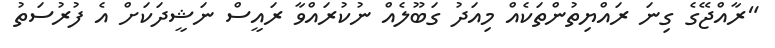
"ރާއްޖޭގެ ގިނަ ރައްޔިތުންތަކެއް މިއަދު ގަބޫލެއް ނުކުރައްވާ ރައީސް ނަޝީދަކަށް އެ ފުރުސަތު